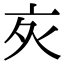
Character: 𬽆